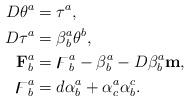
LaTeX: \begin{align*}D\theta^{a} & =\tau^{a},\\D\tau^{a} & =\beta_{b}^{a}\theta^{b},\\\mathbf{F}_{b}^{a} & =\digamma_{b}^{a}-\beta_{b}^{a}-D\beta_{b}^{a}\mathbf{m,}\\\digamma_{b}^{a} & =d\alpha_{b}^{a}+\alpha_{c}^{a}\alpha_{b}^{c}.\end{align*}